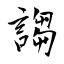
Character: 謅